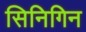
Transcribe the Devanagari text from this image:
सिनिगिन